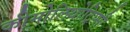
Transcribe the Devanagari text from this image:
कीमोलिथोट्रिप्सी